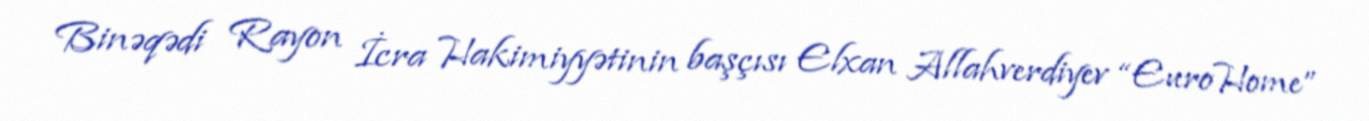
Binəqədi Rayon İcra Hakimiyyətinin başçısı Elxan Allahverdiyev “EuroHome”